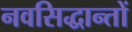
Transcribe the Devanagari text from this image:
नवसिद्धान्तों